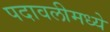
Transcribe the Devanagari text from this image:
पदावलीमध्ये